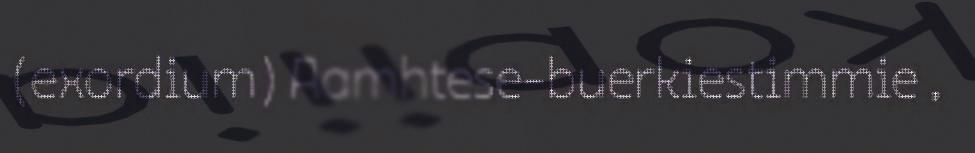
(exordium) Aamhtese-buerkiestimmie ,